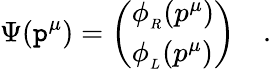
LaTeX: \Psi(\mathtt{p}^{\mu})=\left(\begin{array}{l}{{\phi_{_R}(p^{\mu})}}\\ {{\phi_{_L}(p^{\mu})}}\end{array}\right)\quad.